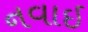
નવાઇ